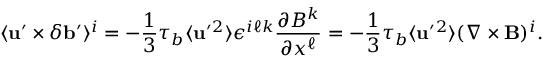
\langle { { \bf { u } } ^ { \prime } \times \delta { \bf { b } } ^ { \prime } } \rangle ^ { i } = - \frac { 1 } { 3 } \tau _ { b } \langle { { \bf { u } } ^ { \prime } { } ^ { 2 } } \rangle \epsilon ^ { i \ell k } \frac { \partial B ^ { k } } { \partial x ^ { \ell } } = - \frac { 1 } { 3 } \tau _ { b } \langle { { \bf { u } } ^ { \prime } { } ^ { 2 } } \rangle ( \nabla \times { \bf { B } } ) ^ { i } .